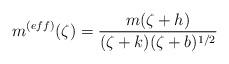
LaTeX: \begin{align*}m^{(eff)}(\zeta)=\frac{m(\zeta +h)}{(\zeta +k)(\zeta +b)^{1/2}} \end{align*}